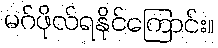
မဂ်ဖိုလ်ရနိုင်ကြောင်း။